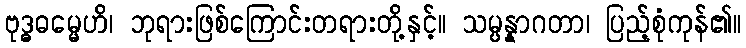
ဗုဒ္ဓဓမ္မေဟိ၊ ဘုရားဖြစ်ကြောင်းတရားတို့နှင့်။ သမ္ပန္နာဂတာ၊ ပြည့်စုံကုန်၏။